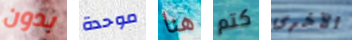
بدون موحدة هنا كتم الآخرى